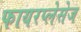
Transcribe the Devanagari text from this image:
फायरप्लेसेज